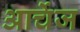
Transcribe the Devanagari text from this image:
आर्चेज